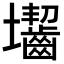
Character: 𡔐